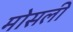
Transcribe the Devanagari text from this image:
मोसली